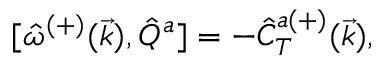
{ [ } \hat { \omega } ^ { ( + ) } ( \vec { k } ) , \hat { Q } ^ { a } ] = - \hat { C } _ { T } ^ { a ( + ) } ( \vec { k } ) ,